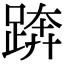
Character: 𨁼